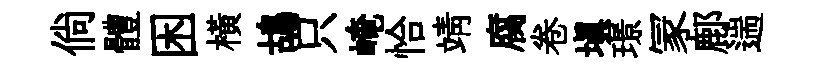
倘體困横鴣只崦恰靖腐卷填璟冡鄜遄